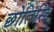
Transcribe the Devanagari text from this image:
छोतिसि